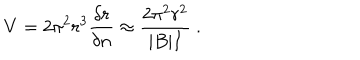
LaTeX: V = 2 \pi ^ { 2 } r ^ { 3 } \frac { \delta r } { \delta n } \approx \frac { 2 \pi ^ { 2 } r ^ { 2 } } { | B | I } \ .